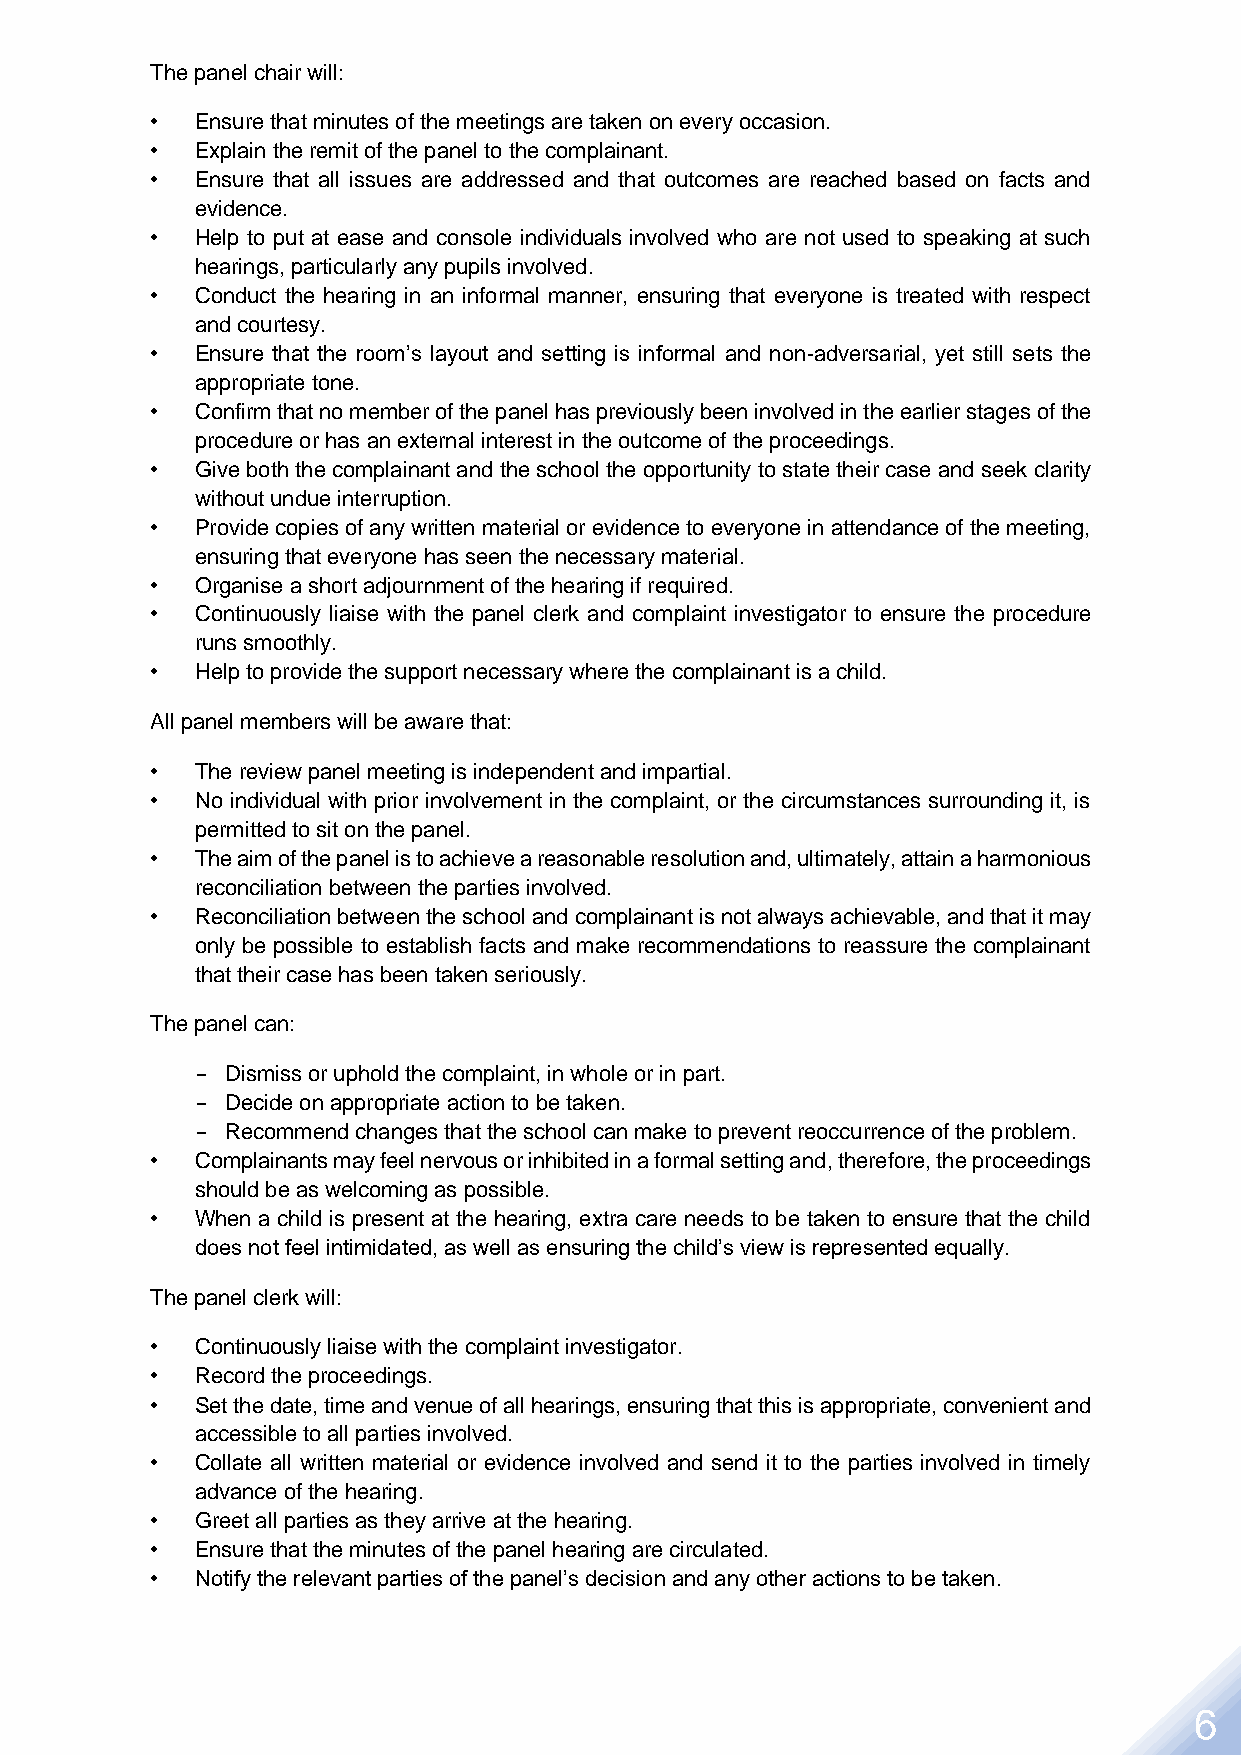
The panel chair will:
 •  Ensure that minutes of the meetings are taken on every occasion.
 •  Explain the remit of the panel to the complainant.
 •  Ensure that all issues are addressed and that outcomes are reached based on facts and
 evidence.
 •  Help to put at ease and console individuals involved who are not used to speaking at such
 hearings, particularly any pupils involved.
 •  Conduct the hearing in an informal manner, ensuring that everyone is treated with respect
 and courtesy.
 •  Ensure that the room’s layout and setting is informal and non-adversarial, yet still sets the
 appropriate tone.
 •  Confirm that no member of the panel has previously been involved in the earlier stages of the
 procedure or has an external interest in the outcome of the proceedings.
 •  Give both the complainant and the school the opportunity to state their case and seek clarity
 without undue interruption.
 •  Provide copies of any written material or evidence to everyone in attendance of the meeting,
 ensuring that everyone has seen the necessary material.
 •  Organise a short adjournment of the hearing if required.
 •  Continuously liaise with the panel clerk and complaint investigator to ensure the procedure
 runs smoothly.
 •  Help to provide the support necessary where the complainant is a child.
 All panel members will be aware that:
 •  The review panel meeting is independent and impartial.
 •  No individual with prior involvement in the complaint, or the circumstances surrounding it, is
 permitted to sit on the panel.
 •  The aim of the panel is to achieve a reasonable resolution and, ultimately, attain a harmonious
 reconciliation between the parties involved.
 •  Reconciliation between the school and complainant is not always achievable, and that it may
 only be possible to establish facts and make recommendations to reassure the complainant
 that their case has been taken seriously.
 The panel can:
 Dismiss or uphold the complaint, in whole or in part.
 Decide on appropriate action to be taken.
 Recommend changes that the school can make to prevent reoccurrence of the problem.
 •  Complainants may feel nervous or inhibited in a formal setting and, therefore, the proceedings
 should be as welcoming as possible.
 •  When a child is present at the hearing, extra care needs to be taken to ensure that the child
 does not feel intimidated, as well as ensuring the child’s view is represented equally.
 The panel clerk will:
 •  Continuously liaise with the complaint investigator.
 •  Record the proceedings.
 •  Set the date, time and venue of all hearings, ensuring that this is appropriate, convenient and
 accessible to all parties involved.
 •  Collate all written material or evidence involved and send it to the parties involved in timely
 advance of the hearing.
 •  Greet all parties as they arrive at the hearing.
 •  Ensure that the minutes of the panel hearing are circulated.
 •  Notify the relevant parties of the panel’s decision and any other actions to be taken.
 6